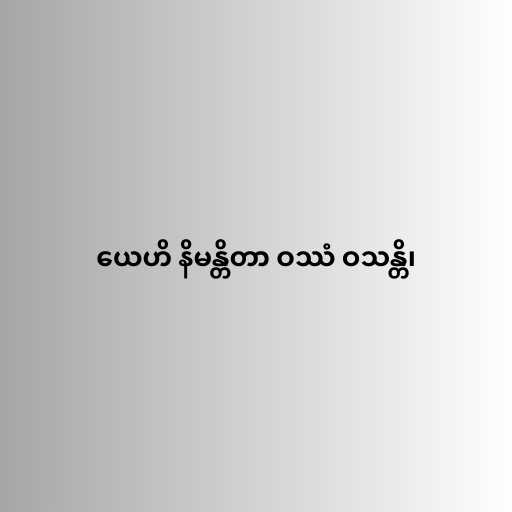
ယေဟိ နိမန္တိတာ ဝဿံ ဝသန္တိ၊